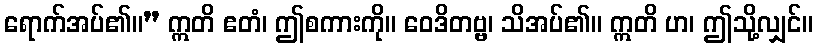
ရောက်အပ်၏။” ဣတိ ဧတံ၊ ဤစကားကို။ ဝေဒိတဗ္ဗ၊ သိအပ်၏။ ဣတိ ဟ၊ ဤသို့လျှင်။